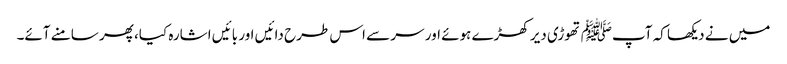
میں نے دیکھا کہ آپﷺ تھوڑی دیر کھڑے ہوئے اور سر سے اس طرح دائیں اور بائیں اشارہ کیا، پھر سامنے آئے۔